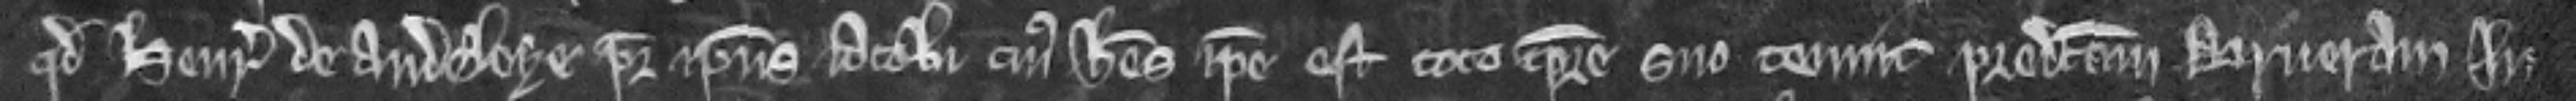
quod Henricus de Audeleye pater ipsius Jacobi cujus heres ipse est toto tempore suo tenuit predictam brueram in